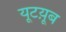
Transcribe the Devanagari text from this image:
यूटय़ूब